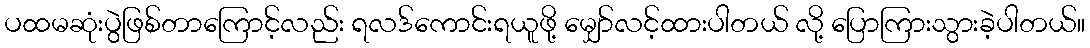
ပထမဆုံးပွဲဖြစ်တာကြောင့်လည်း ရလဒ်ကောင်းရယူဖို့ မျှော်လင့်ထားပါတယ် လို့ ပြောကြားသွားခဲ့ပါတယ်။